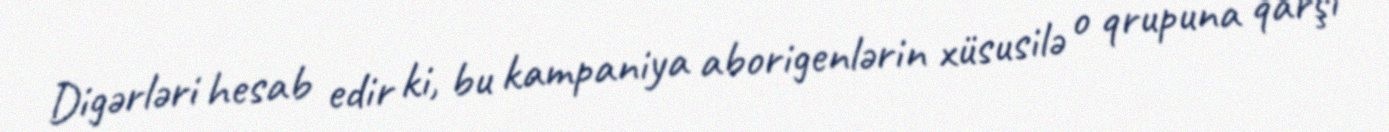
Digərləri hesab edir ki, bu kampaniya aborigenlərin xüsusilə o qrupuna qarşı